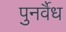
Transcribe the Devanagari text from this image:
पुनर्वैध